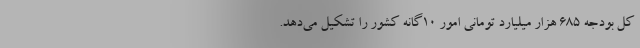
کل بودجه ۶۸۵ هزار میلیارد تومانی امور ۱۰گانه کشور را تشکیل می‌دهد.